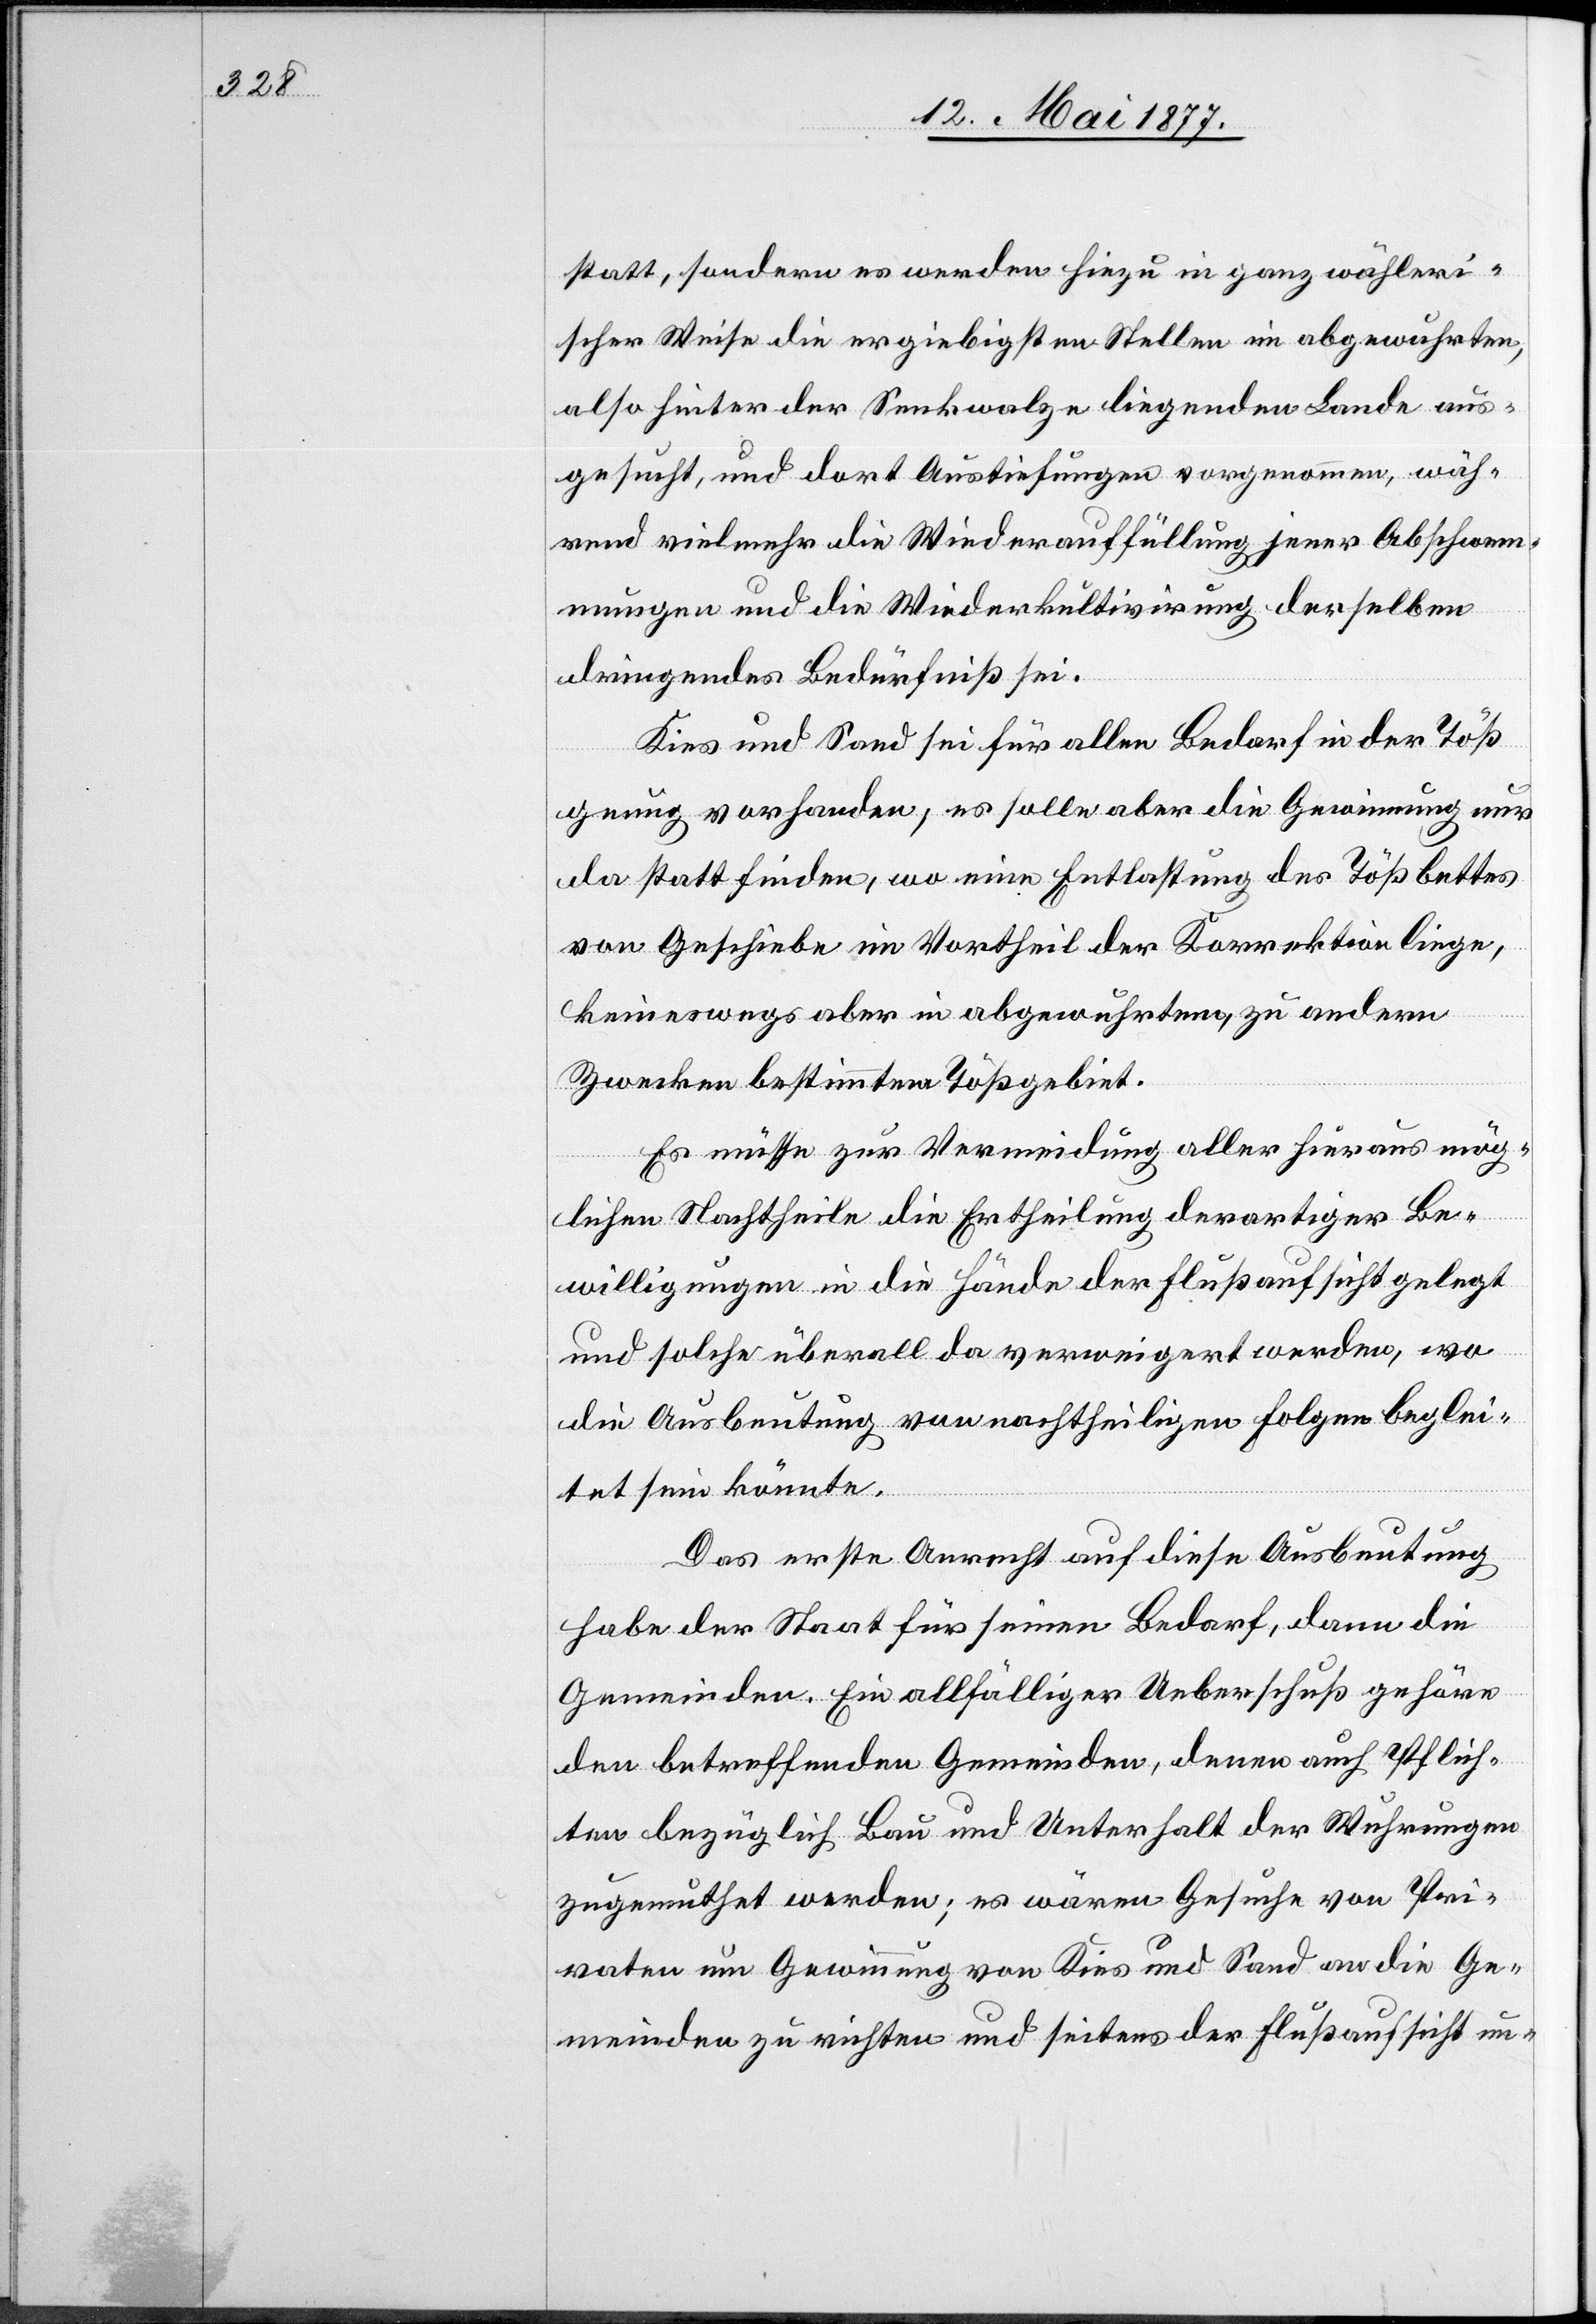
statt, sondern es werden hiezu in ganz wähleri¬
scher Weise die ergiebigsten Stellen im abgewuhrten,
also hinter der Senkwalze liegenden Lande aus¬
gesucht, und dort Austiefungen vorgenommen, wäh¬
rend vielmehr die Wiederauffüllung jener Abschwem¬
mungen und die Wiederkultivirung derselben
dringendes Bedürfniß sei.
Kies und Sand sei für allen Bedarf in der Töß
genug vorhanden; es solle aber die Gewinnung nur
da stattfinden, wo eine Entlastung des Tößbettes
von Geschiebe im Vortheil der Korrektion liege,
keineswegs aber in abgewuhrtem, zu andern
Zwecken bestimmtem Tößgebiet.
Es müsse zur Vermeidung aller hieraus mög¬
lichen Nachtheile die Ertheilung derartiger Be¬
willigungen in die Hände der Flußaufsicht gelegt
und solche überall da verweigert werden, wo
die Ausbeutung von nachtheiligen Folgen beglei¬
tet sein könnte.
Das erste Anrecht auf diese Ausbeutung
habe der Staat für seinen Bedarf, dann die
Gemeinden. Ein allfälliger Ueberschuß gehöre
den betreffenden Gemeinden, denen auch Pflich¬
ten bezüglich Bau und Unterhalt der Wuhrungen
zugemuthet werden; es wären Gesuche von Pri¬
vaten um Gewinnung von Kies und Sand an die Ge¬
meinden zu richten und seitens der Flußaufsicht un-